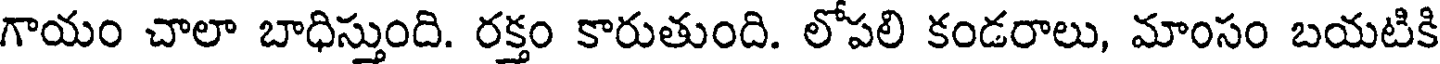
గాయం చాలా బాధిస్తుంది. రక్తం కారుతుంది. లోపలి కండరాలు, మాంసం బయటికి